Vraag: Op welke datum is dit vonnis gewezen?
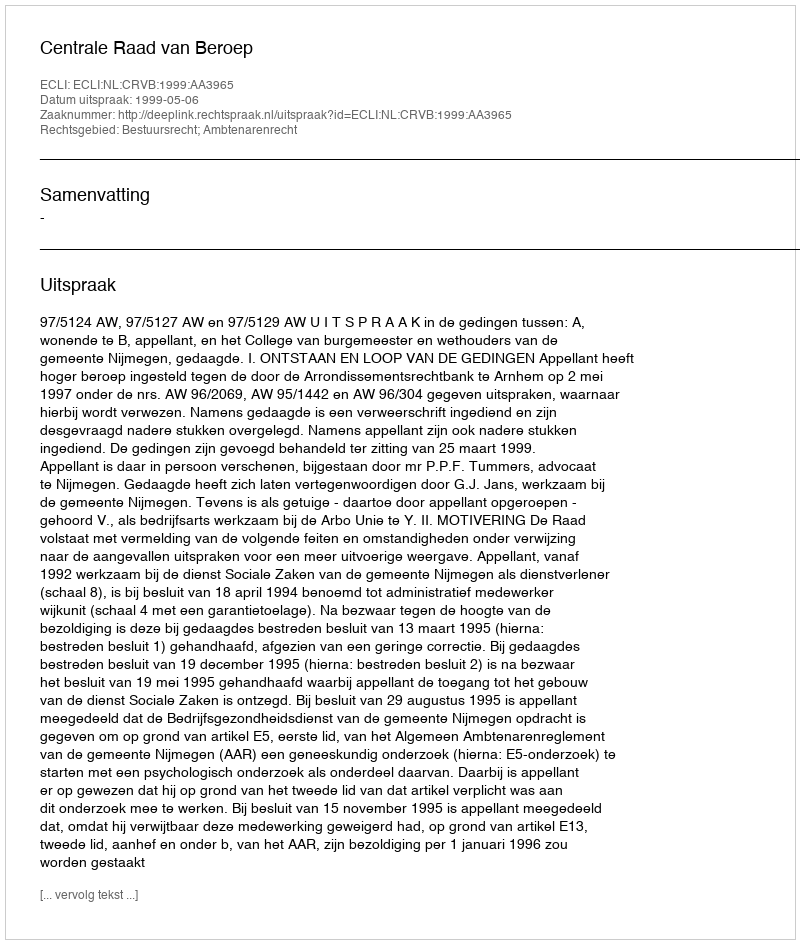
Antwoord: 1999-05-06